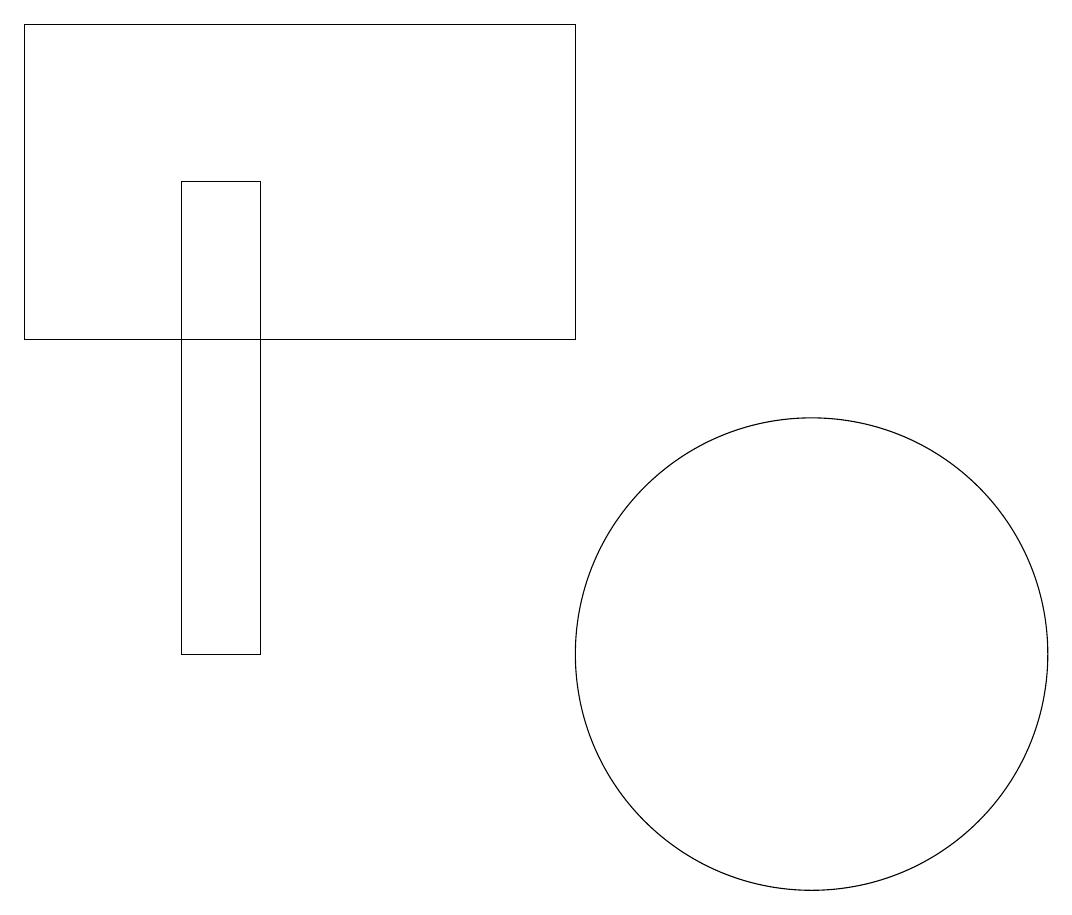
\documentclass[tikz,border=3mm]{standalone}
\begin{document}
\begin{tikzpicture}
\draw (10,10) circle (3);
\draw (3,10) rectangle (2,16);
\draw (7,18) rectangle (0,14);
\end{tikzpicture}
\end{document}